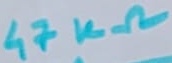
Text: 47KΩ